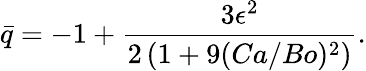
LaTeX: \bar{q}=-1+\frac{3\epsilon^{2}}{2\left(1+9(Ca/Bo)^{2}\right)}.